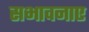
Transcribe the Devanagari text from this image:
सभावनाए